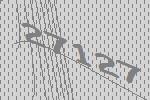
27127